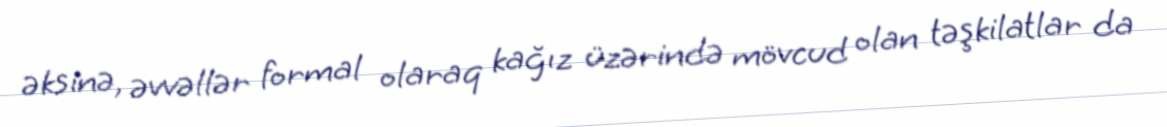
əksinə, əvvəllər formal olaraq kağız üzərində mövcud olan təşkilatlar da